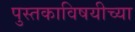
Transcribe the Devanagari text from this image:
पुस्तकाविषयीच्या